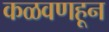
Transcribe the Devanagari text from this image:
कळवणहून